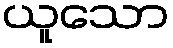
ယူသော